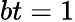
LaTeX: bt=1